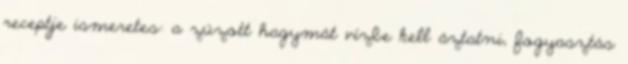
receptje ismeretes: a zúzott hagymát vízbe kell áztatni, fogyasztás